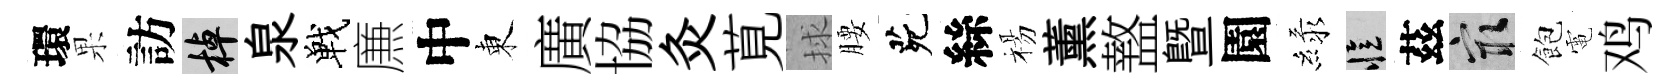
環果訪棹泉戰㢘中東廣協灸莧捄腰茕絲楊薰盩暨園緑忆茲冣飽電鸡